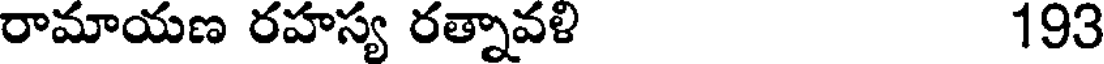
రామాయణ రహస్య రత్నావళి 193